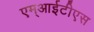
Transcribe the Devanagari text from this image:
एम्आईटीएस